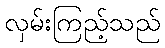
လှမ်းကြည့်သည်